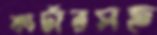
কার্টারসহ